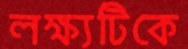
লক্ষ্যটিকে